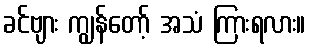
ခင်ဗျား ကျွန်တော့် အသံ ကြားရလား။